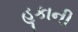
હૂકાની